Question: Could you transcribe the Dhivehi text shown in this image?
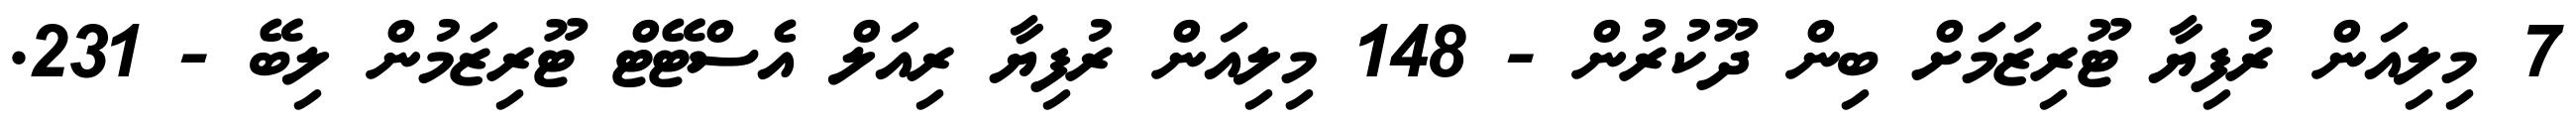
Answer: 7 މިލިއަން ރުފިޔާ ޓޫރިޒަމަށް ބިން ދޫކުރުން - 148 މިލިއަން ރުފިޔާ ރިއަލް އެސްޓޭޓް ޓޫރިޒަމުން ލިބޭ - 231.